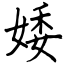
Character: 婑